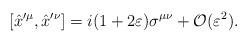
LaTeX: \begin{align*}[\hat{x}^{\prime\mu},\hat{x}^{\prime\nu}] =i(1+2\varepsilon)\sigma^{\mu\nu}+\mathcal{O}(\varepsilon^2).\end{align*}